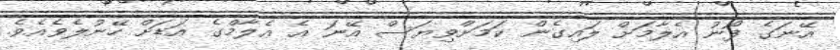
އޭނަގެ ފޯނު އެލާމަށް ލައިގެން ކަމަށްވިޔަސް އޭނަ އެ އެލާމްގެ އަޑަށް ހޭނުލެވެއެވެ.